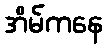
အိမ်ကနေ